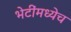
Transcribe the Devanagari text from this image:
भेटींमध्येच